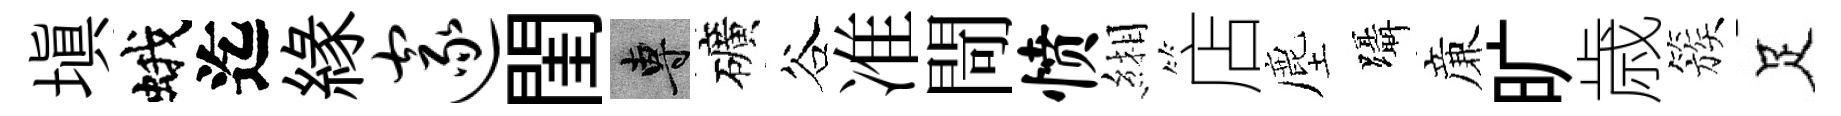
填蛾迄縁邃閨專礦谷准閜愤緗店塵躡亷旷歳簇足